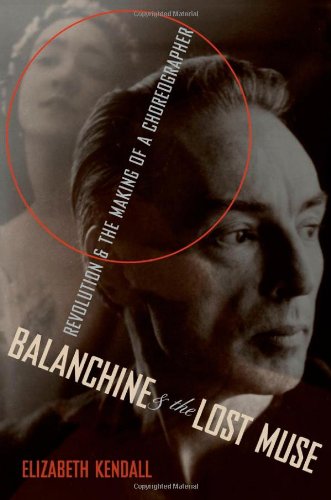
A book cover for Balanchine & the Lost Muse: Revolution & the Making of a Choreographer; Elizabeth Kendall; Biographies & Memoirs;